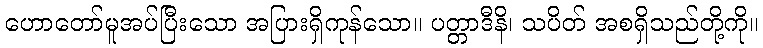
ဟောတော်မူအပ်ပြီးသော အပြားရှိကုန်သော။ ပတ္တာဒီနိ၊ သပိတ် အစရှိသည်တို့ကို။